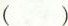
( )